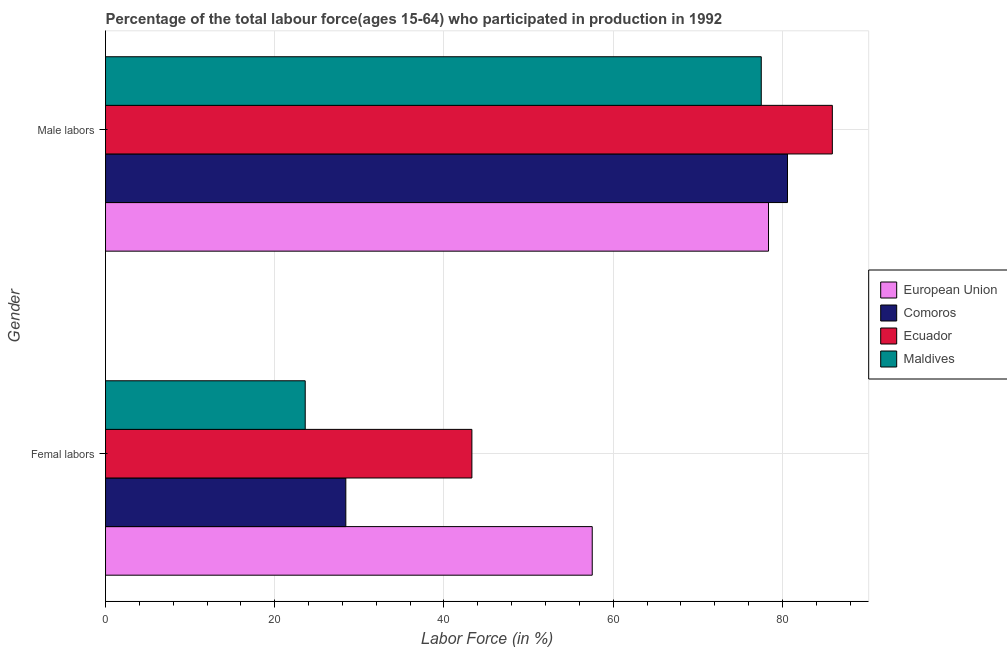
| Gender | European Union | Comoros | Ecuador | Maldives |
 | --- | --- | --- | --- | --- |
 | Femal labors | 57.5 | 28.4 | 43.3 | 23.6 |
 | Male labors | 78.4 | 80.6 | 85.9 | 77.5 |